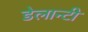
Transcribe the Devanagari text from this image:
डेलान्टी